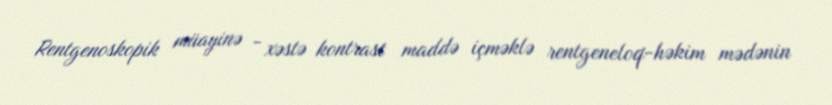
Rentgenoskopik müayinə - xəstə kontrast maddə içməklə rentgeneloq-həkim mədənin